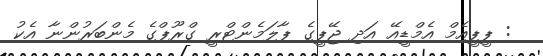
: ޕީޕީއެމް އެމްޑީއޭ އަދި ޖޭޕީގެ ޕާލަމެންޓްރީ ގްރޫޕްގެ މެންބަރުންނާ އެކު